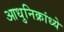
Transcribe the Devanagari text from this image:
आधुनिक्रांध्ये